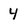
Character: 4